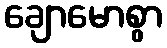
ချောမောစွာ